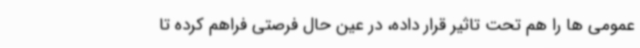
عمومی ها را هم تحت تاثیر قرار داده، در عین حال فرصتی فراهم کرده تا